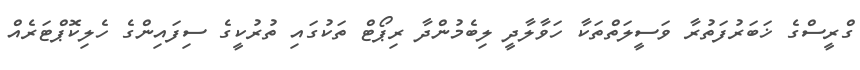
ގްރީސްގެ ޚަބަރުފަތުރާ ވަސީލަތްތަކާ ހަވާލާދީ ލިބެމުންދާ ރިޕޯޓް ތަކުގައި ތުރުކީގެ ސިފައިންގެ ހެލިކޮޕްޓަރެއް